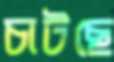
চাটছে